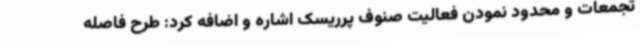
تجمعات و محدود نمودن فعالیت صنوف پرریسک اشاره و اضافه کرد: طرح فاصله